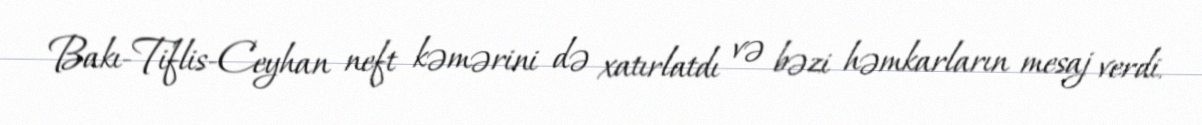
Bakı-Tiflis-Ceyhan neft kəmərini də xatırlatdı və bəzi həmkarların mesaj verdi.